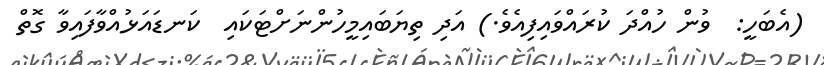
(އެބަހީ:  ވުން ހުއްދަ ކުރައްވައިފިއެވެ.) އަދި ތިޔަބައިމީހުންނަށްޓަކައި  ކަނޑައަޅުއްވާފައިވާ ގޮތް